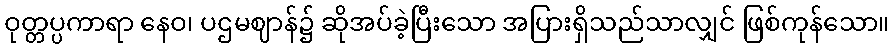
ဝုတ္တပ္ပကာရာ နေဝ၊ ပဌမဈာန်၌ ဆိုအပ်ခဲ့ပြီးသော အပြားရှိသည်သာလျှင် ဖြစ်ကုန်သော။